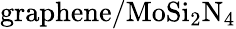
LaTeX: \mathrm{graphene/MoSi_{2}N_{4}}